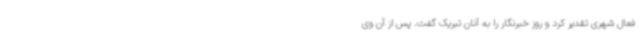
فعال شهری تقدیر کرد و روز خبرنگار را به آنان تبریک گفت. پس از آن وی